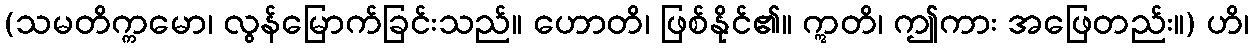
(သမတိက္ကမော၊ လွန်မြောက်ခြင်းသည်။ ဟောတိ၊ ဖြစ်နိုင်၏။ ဣတိ၊ ဤကား အဖြေတည်း။) ဟိ၊